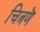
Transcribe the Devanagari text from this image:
चित्रणॆ